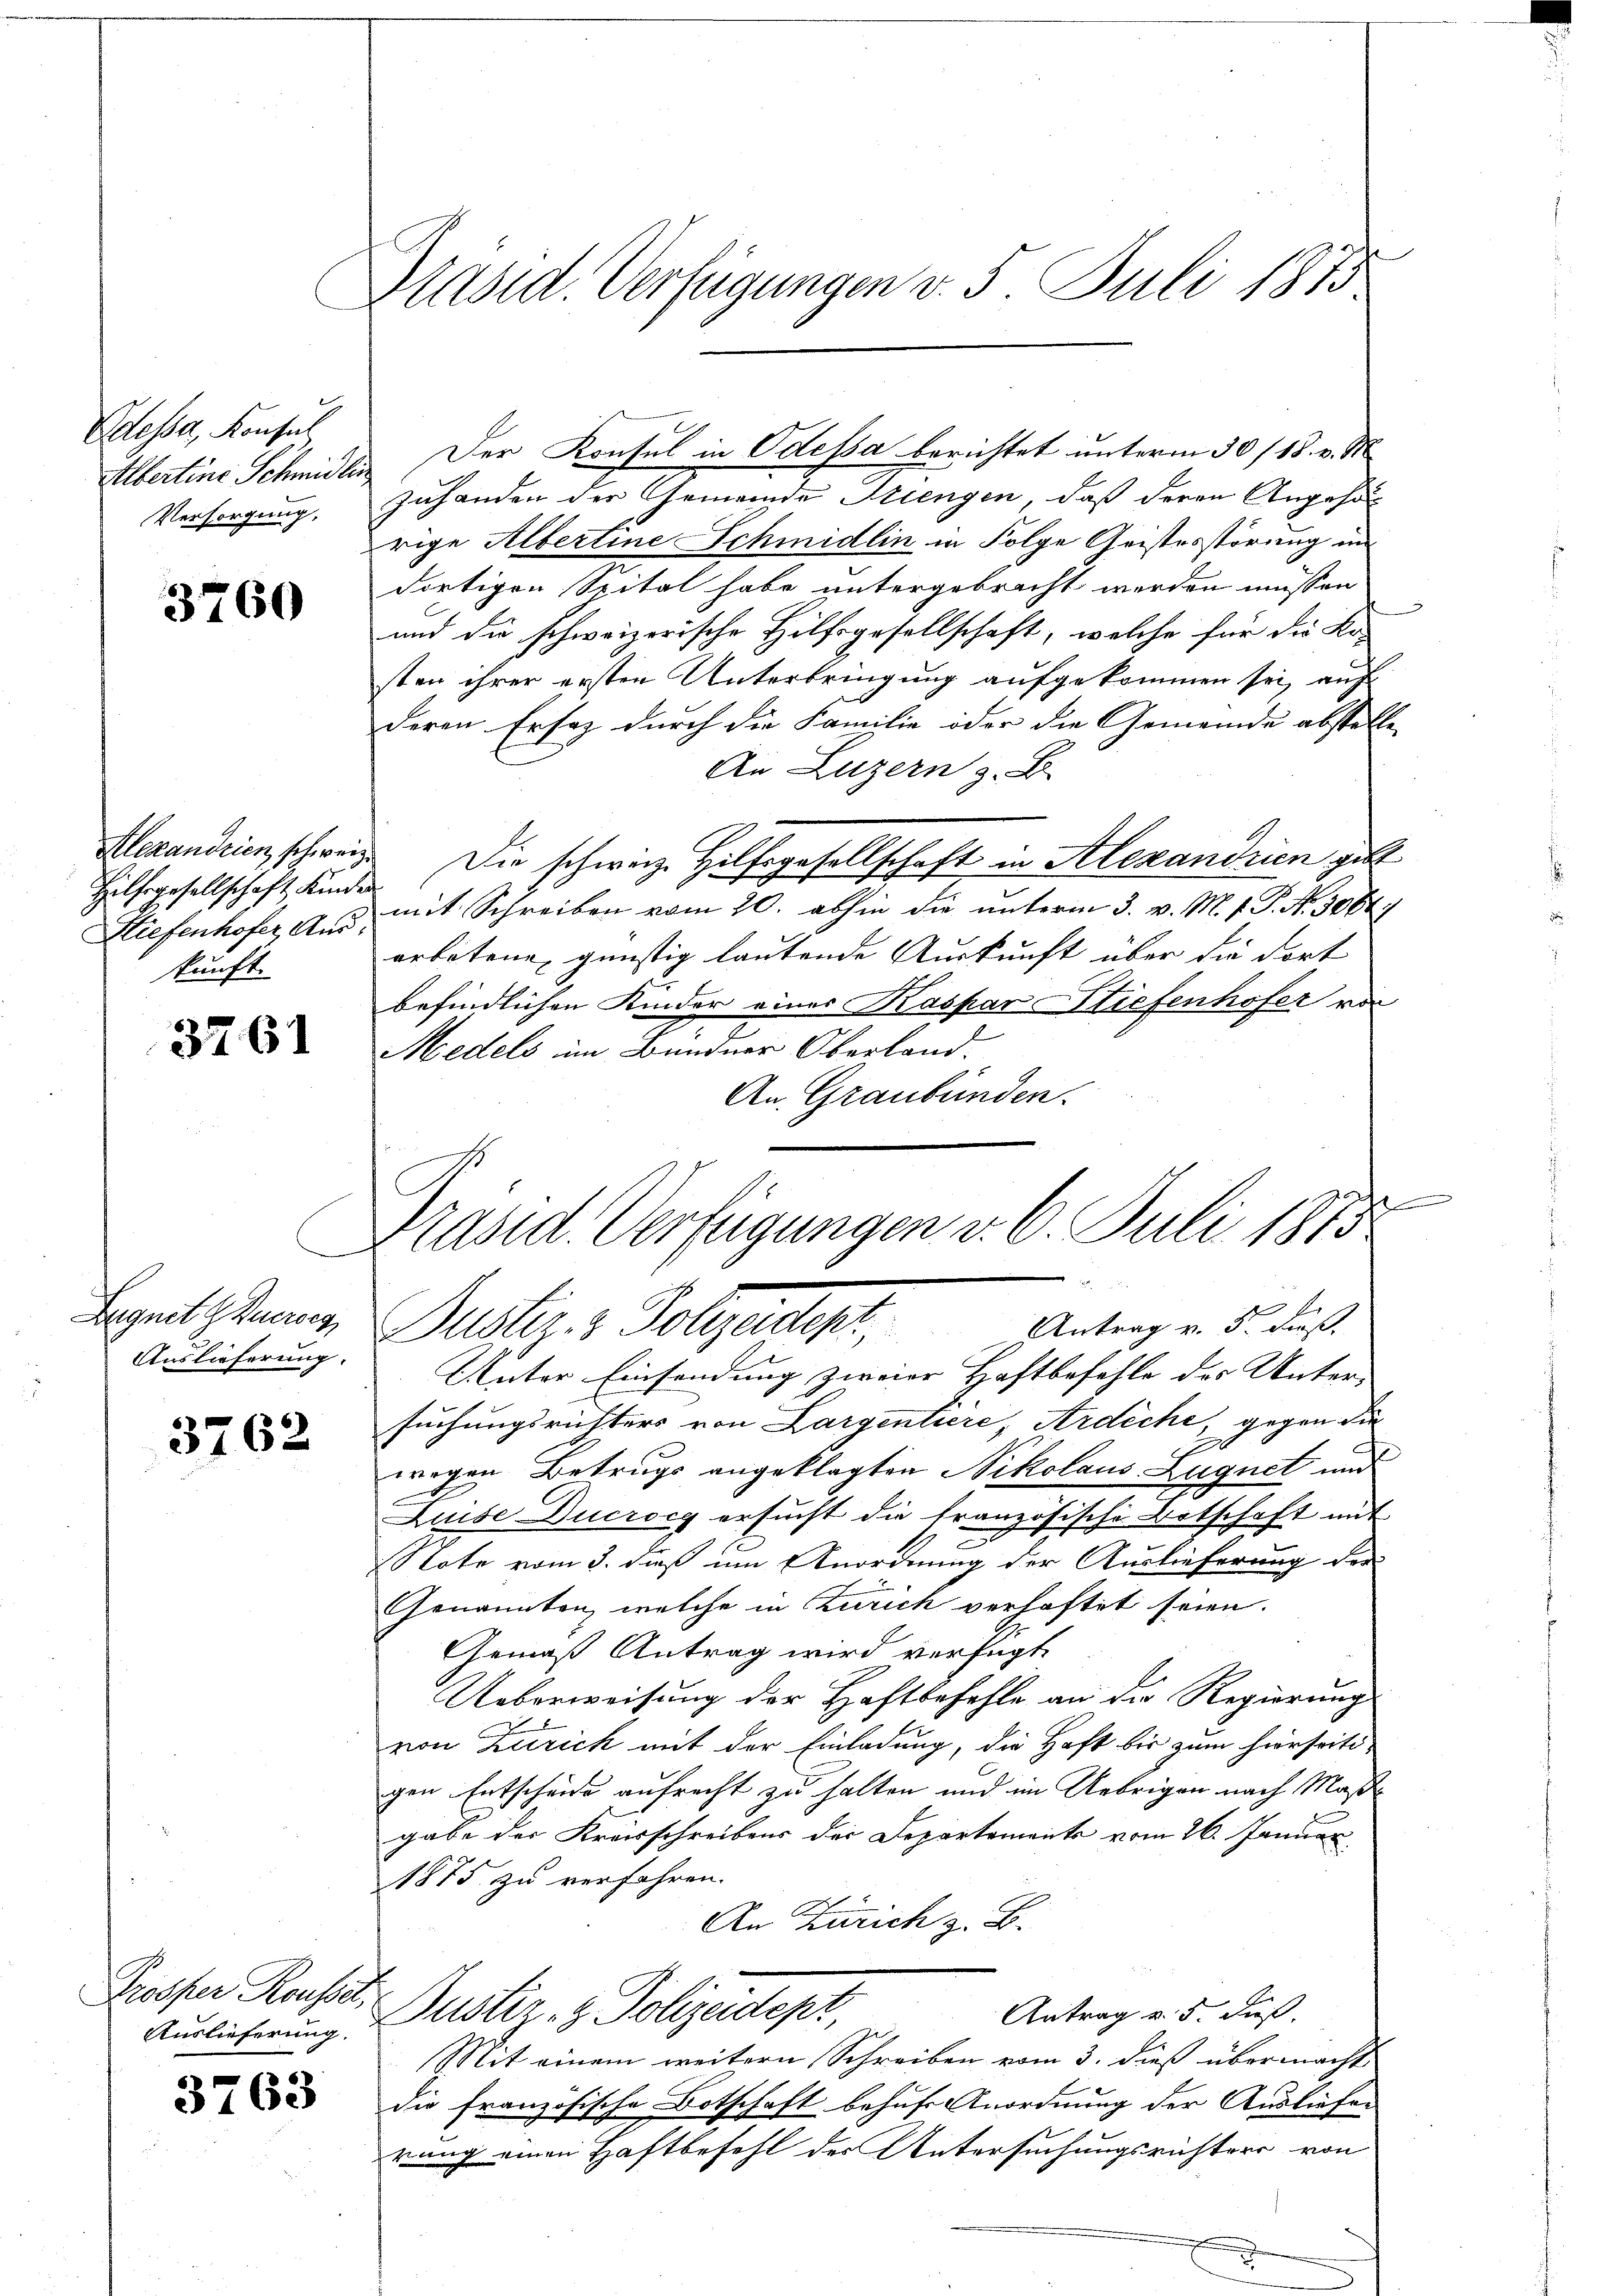
Odessa, Konsul
Albertine Schmidte.
Versorgung,

3760

Alexandrien, schweiz.
Hilfsgesellschaft Kinder
Stiefenhofer Auskunft.

3761

Lugnet z Bueroes
Auslieferung.

3762

Prosper Rousset,

3763

Präsid. Verfügungen v. 5. Juli 1875

Der Konsul in Odessa berichtet unterm 30/18. v. M.
zuhanden der Gemeinde Stiengen, daß deren Angehörige Albertine Schmidlin in Folge Geistesstörung in
dortigen Spital habe untergebracht werden müssen
und die schweizerische Hilfsgesellschaft, welche für die Kosten ihrer ersten Unterbringung aufgekommen sei, auf
deren Ersaz durch die Familie oder die Gemeinde abstell
An Luzern z. B.
Die schweiz. Hilfsgesellschaft in Alexandrien gibt
mit Schreiben vom 20. abhin die unterm 3. v. M. f. P. N. 3064
erbotene günstig lautende Auskunft über die dort
befindlichen Kinder eines Kaspar Stiefenhofer von
Medels im Bundner Oberland.
An Graubünden.
Unter Einsendung zweier Haftbefehle des Unter- |
suchungsrichters von Largentiere, Ardiche, gegen die
wegen Betrugs angeklagten Nikolaus Lugnet und
Auise Ducrocg ersucht die französische Botschaft mit
Note vom 3. daß im Anordnung der Auslieferung der
Genannten, welche in Zürich verhaftet seien.
Gemäß Antrag wird verfügt:
Ueberweisung der Haftbefehle an die Regierung
von Zürich mit der Einladung, die Haft bis zum hierseiti-
gen Entscheide aufrecht zu halten und im Uebrigen nach Maßgabe der Kreisschreibens der Departements vom 26. Januar
1875 zu verfahren.
An Zürich z. B.
Antrag v. 5. daß
Auslieferung ustiz- & Polizeidept
Mit einem weitern Schreiben vom 3. dieß übermacht
die französische Botschaft behufe Anordnung der Ausliefer
rung einen Haftbefehl der Untersuchungsrichters von

Präsid. Verfügungen v. 6. Juli 1875
E
Antrag v. 3. daß
Puster 3. Folgendent

.